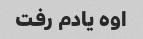
اوه یادم رفت